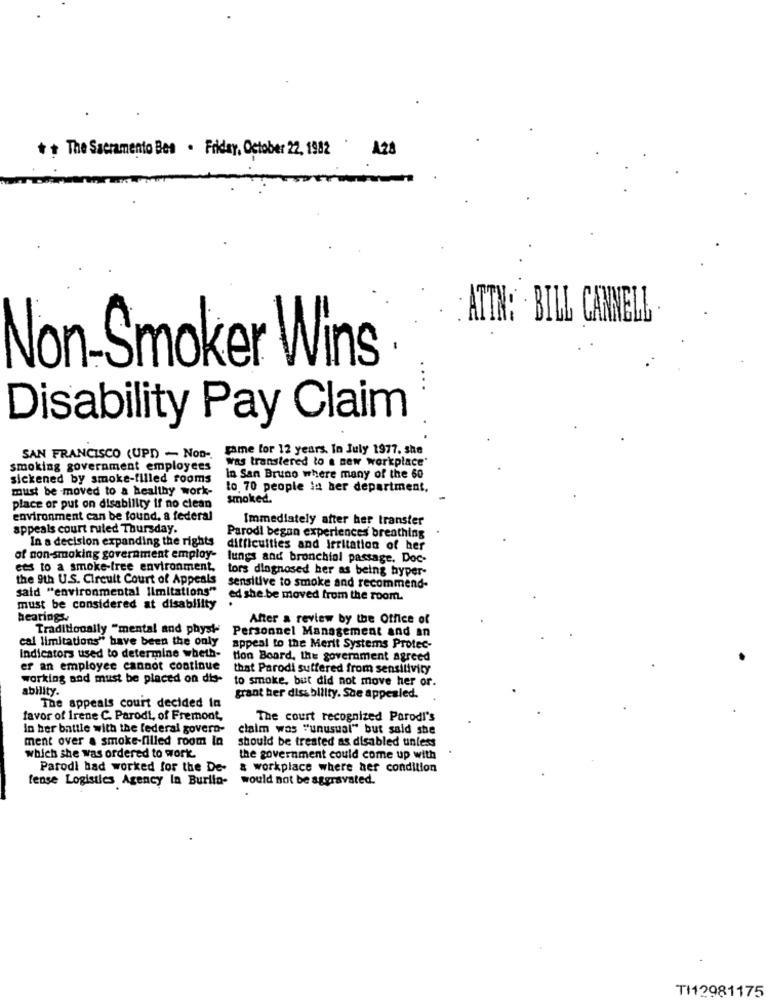
+ + The Sacramento Bes . Friday, October 22, 1982 A28
ATTN: . BILL CANNELL
Non-Smoker Wins
Disability Pay Claim
game for 12 years. In July 1977. she
SAN FRANCISCO (UPD - Non -.
was transfered to a new workplace'
smoking government employees
sickened by smoke-filled rooms
In San Bruno where many of the 60
must be moved to a healthy work-
to 70 people la ber department,
smoked.
place or put on disability if no clean
environment can be found, a federal
Immediately after ber transter
appeals court ruled Thursday.
Parodi began experiences breathing
In a decision expanding the rights
difficulties and irritation of ber
of non-smoking government employ-
lungs and bronchiol passage. Doc-
ees to a smoke-free environment.
tors diagnosed her as being hyper-
the 9th U.S. Circuit Court of Appeals
said "environmental limitations"
sensitive to smoke and recommend-
ed she be moved from the room.
must be considered at disability
hearings.
After a review by the Office of
Traditionally "mental and physi-
Personnel Management and an
cal limitations" have been the only
appeal to the Merit Systems Protec-
Indicators used to determine wheth-
tion Board, the government agreed
er an employee cannot continue
that Parodi suffered from sensitivity
working and must be placed on dis-
to smoke, but did not move her or.
ability.
grant her diss bility. Sce appealed.
The appeals court decided in
favor of Irene C. Parodi, of Fremont,
The court recognized Parodi's
in ber battle with the federal govern-
claim was "unusual" but said she
ment over a smoke-filled room in
should be treated as disabled unless
which she was ordered to work.
the government could come up with
Parodi had worked for the De- & workplace where her condition
fense Logistics Agency In Burlin- would not be aggravated.
TI12981175